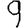
Digit: 9